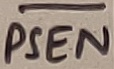
Text: PSEN